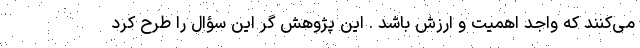
می‌کنند که واجد اهمیت و ارزش باشد . این پژوهش گر این سؤال را طرح کرد